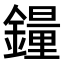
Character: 𫓉